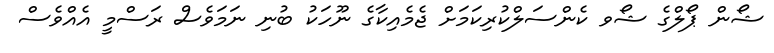
ޝޯން ޕޯލްގެ ޝޯވ ކެންސަލްކުރިކަމަށް ޖެމެއިކާގެ ނޫހަކު ބުނި ނަމަވެސް ރަސްމީ އެއްވެސް